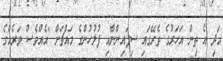
އަދި އެ ތިން އަހަރުގެ ތެރޭގައި ސިފައިންނާއި ފުލުހުންގެ މައްޗަށް "އެއްވެސް ވަރެއްގެ